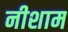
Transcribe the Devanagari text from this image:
नीशाम